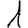
Digit: 1